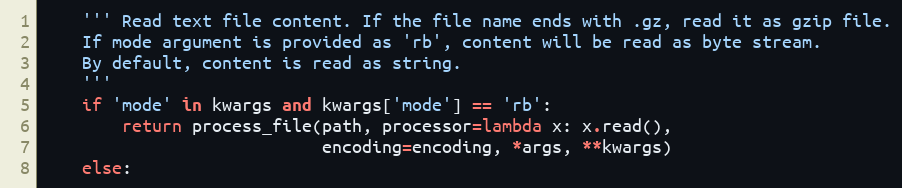
Language: Python
    ''' Read text file content. If the file name ends with .gz, read it as gzip file.
    If mode argument is provided as 'rb', content will be read as byte stream.
    By default, content is read as string.
    '''
    if 'mode' in kwargs and kwargs['mode'] == 'rb':
        return process_file(path, processor=lambda x: x.read(),
                            encoding=encoding, *args, **kwargs)
    else: